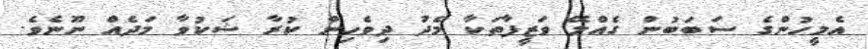
އެމީހުންގެ ސަބަބުން ގެއްލޭ ވަޒީފާތަކާ މެދު ދިވެހިން ކުރާ ޝަކުވާ މަދެއް ނޫނެވެ.